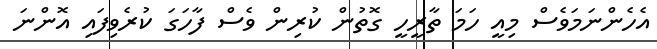
އެހެންނަމަވެސް މިއީ ހަމަ ތާރީހީ ގޮތުން ކުރިން ވެސް ފާހަގަ ކުރެވިފައި އޮންނަ